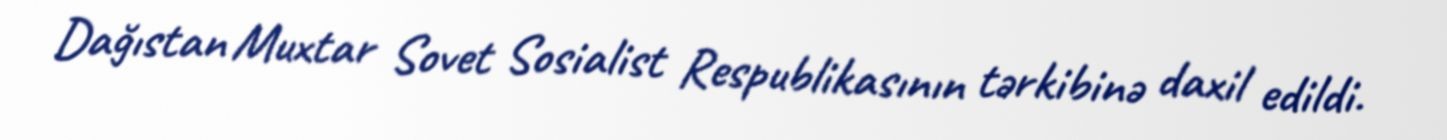
Dağıstan Muxtar Sovet Sosialist Respublikasının tərkibinə daxil edildi.